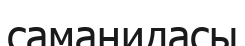
саманидасы